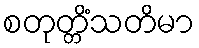
စတုတ္တိံသတိမာ